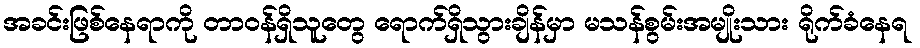
အခင်းဖြစ်နေရာကို တာဝန်ရှိသူတွေ ရောက်ရှိသွားချိန်မှာ မသန်စွမ်းအမျိုးသား ရိုက်ခံနေရ